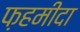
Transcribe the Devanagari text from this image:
फ़हमीदा